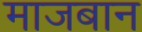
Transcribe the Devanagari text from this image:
माजबान